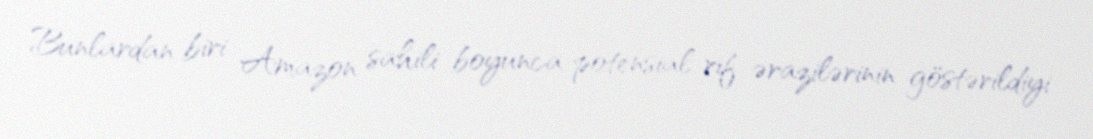
Bunlardan biri Amazon sahili boyunca potensial rif ərazilərinin göstərildiyi